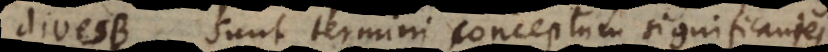
dives sunt termini conceptum significantes,